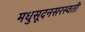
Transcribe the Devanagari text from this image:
मधुसूदनसरस्वती